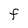
Character: F